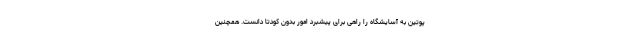
پوتین به آسایشگاه را راهی برای پیشبرد امور بدون کودتا دانست. همچنین